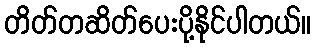
တိတ်တဆိတ်ပေးပို့နိုင်ပါတယ်။